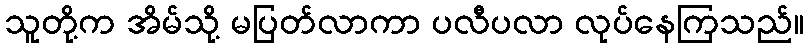
သူတို့က အိမ်သို့ မပြတ်လာကာ ပလီပလာ လုပ်နေကြသည်။